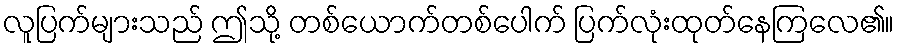
လူပြက်များသည် ဤသို့ တစ်ယောက်တစ်ပေါက် ပြက်လုံးထုတ်နေကြလေ၏။